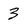
Character: 3